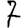
Digit: 7